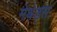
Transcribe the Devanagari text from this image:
मेथेड्स